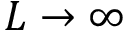
L \to \infty